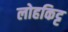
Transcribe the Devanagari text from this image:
लोहकिट्ट